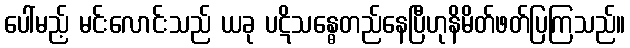
ပေါ်မည့် မင်းလောင်းသည် ယခု ပဋိသန္ဓေတည်နေပြီဟုနိမိတ်ဖတ်ပြကြသည်။